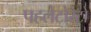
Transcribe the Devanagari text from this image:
पहलेटोरंटो